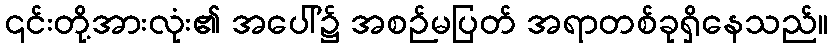
၎င်းတို့အားလုံး၏ အပေါ်၌ အစဉ်မပြတ် အရာတစ်ခုရှိနေသည်။